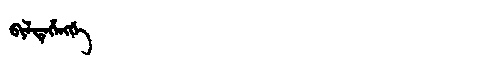
Manchu: ᠪᡳᠯᡨᡝᡥᡝᠩᡤᡝ
Romanization: BILTEHENGGE